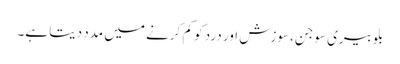
بلوبیری سوجن، سوزش اور درد کو کم کرنے میں مدد دیتا ہے۔